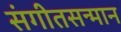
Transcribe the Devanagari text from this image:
संगीतसन्मान